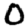
Digit: 0